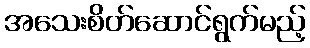
အသေးစိတ်ဆောင်ရွက်မည့်